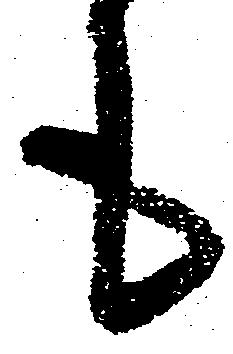
も